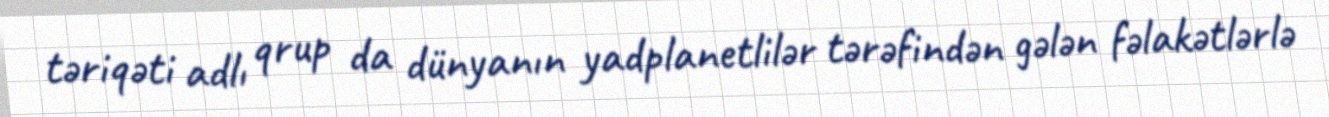
təriqəti adlı qrup da dünyanın yadplanetlilər tərəfindən gələn fəlakətlərlə